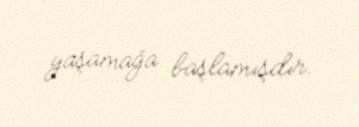
yaşamağa başlamışdır.